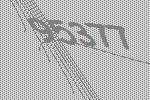
95377